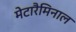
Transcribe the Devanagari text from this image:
मेटारैमिनाल